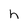
Character: h